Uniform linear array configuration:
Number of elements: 16
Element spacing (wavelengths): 1
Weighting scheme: hann
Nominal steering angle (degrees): -60
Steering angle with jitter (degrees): -61.329
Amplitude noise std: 0.05
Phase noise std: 0.05

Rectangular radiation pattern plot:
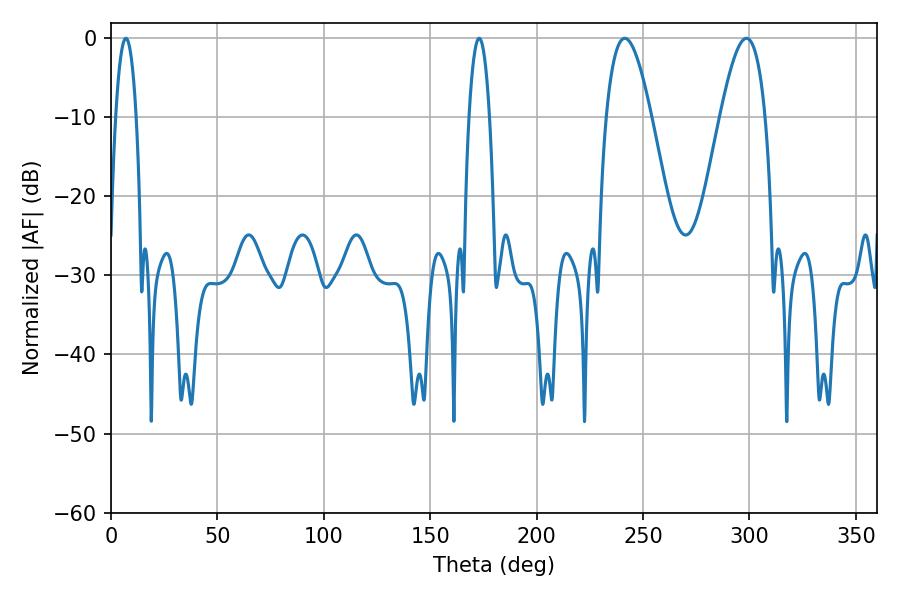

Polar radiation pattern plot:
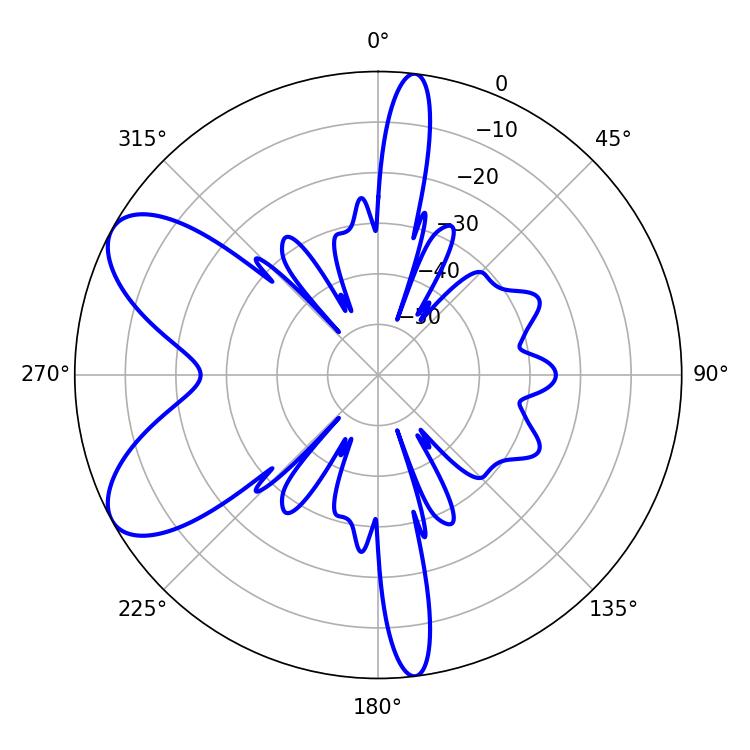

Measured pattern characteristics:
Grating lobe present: TRUE
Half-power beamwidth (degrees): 11.52
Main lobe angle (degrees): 241.38